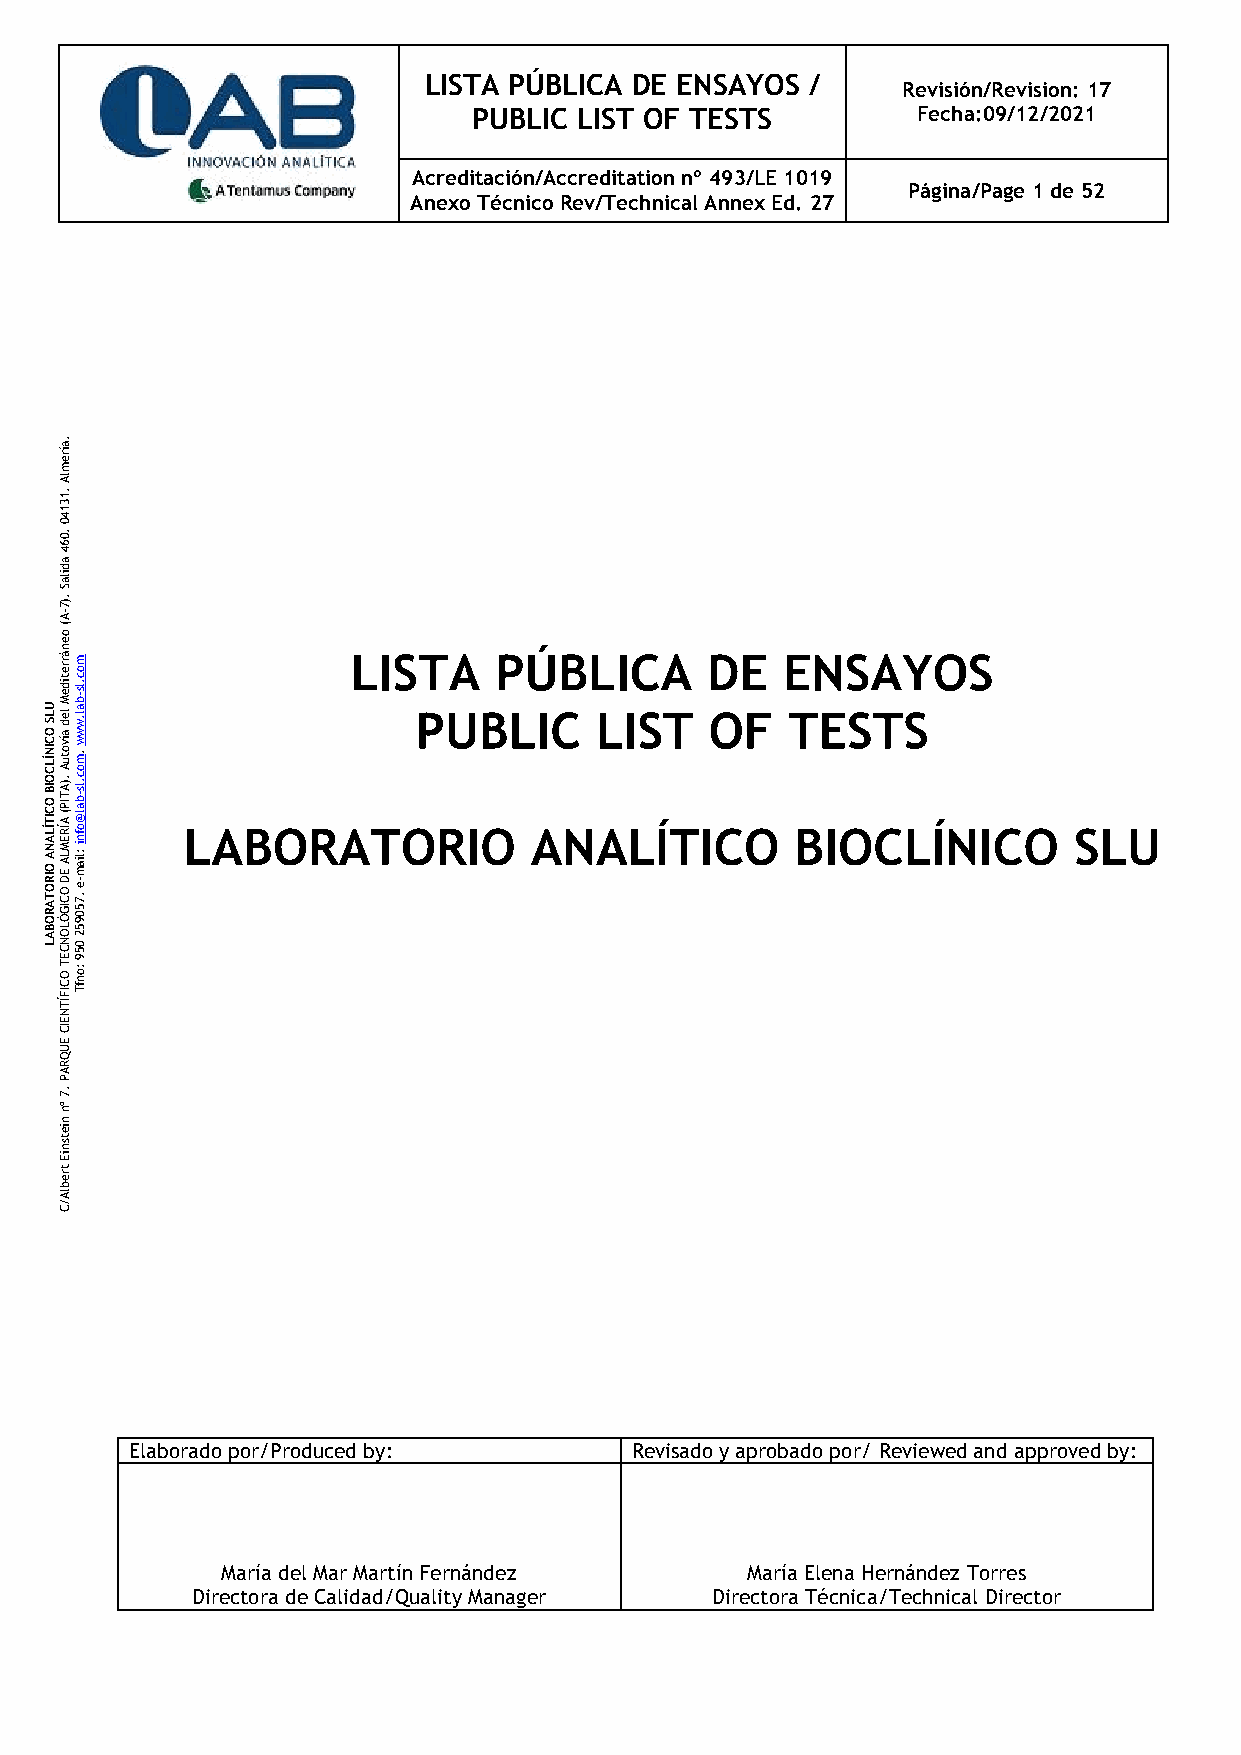
LISTA PÚBLICA DE ENSAYOS  /
 Revisión/Revision: 17
 PUBLIC LIST OF TESTS          Fecha:09/12/2021
 Acreditación/Accreditation nº 493/LE 1019
 Página/Page 1 de 52
 Anexo Técnico Rev/Technical Annex Ed. 27
 .a
 íre
 m
 lA
 .1
 3
 1
 4
 0
 .0
 6
 4
 a
 d
 ila
 AS
 .)7
 -
 (
 o
 e
 n
 á rrem
 o
 LISTA     PÚBLICA       DE   ENSAYOS
 U L
 S
 O
 tid
 e
 M le
 d
 ab a
 l.wc w.ls-
 PUBLIC      LIST    OF   TESTS
 C
 IN ÍL
 C O IB O
 C IT ÍL
 A N
 A
 O IR
 O T A R O B A
 L
 .)A T IP
 ( A ÍR
 E M
 LA
 E D
 O C IG Ó L
 Oív
 No Ctu
 A
 .7 5 0 9 5 2
 0b
 5am
 l @
 :o
 lo
 ic af.
 mnw
 l es
 --.
 i
 LABORATORIO            ANALÍT     ICO    BIOCLÍNICO        SLU
 O C IF
 ÍTE
 T
 9
 :o
 n fT
 N
 E
 IC
 E
 U
 Q
 R
 A
 P
 .7
 ºn
 n
 ie
 tsn
 iE
 tre
 b
 lA
 /
 C
 Elaborado por/Produced by:       Revisado y aprobado por/ Reviewed and approved by:
 María del Mar Martín Fernández    María Elena Hernández Torres
 Directora de Calidad/Quality Manager Directora Técnica/Technical Director